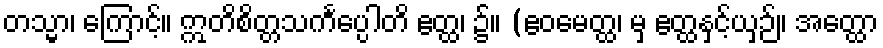
တသ္မာ၊ ကြောင့်။ ဣတိစိတ္တသင်္ကပ္ပေါတိ ဧတ္ထ၊ ၌။ (ဧဝမေတ္ထ၊ မှ ဧတ္ထနှင့်ယှဉ်။ အတ္ထော